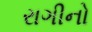
રાગીનો